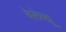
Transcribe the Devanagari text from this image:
बेलेव्ह्यू